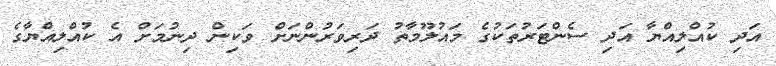
އަދި ކުއްލިއްޔާ އަދި ސެންޓަރުތަކުގެ މައުލޫމާތު ދަރިވަރުންނަށް ވަކިން ދިނުމަށް އެ ކުއްލިއްޔާގެ